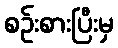
စဉ်းစားပြီးမှ